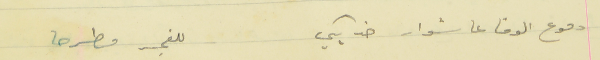
دموع الوفا عا شوار خدا بكي                                  للفجر مطرحا